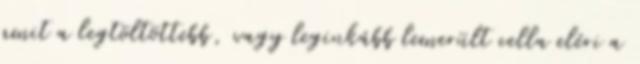
amit a legtöltöttebb, vagy leginkább lemerült cella eléri a